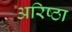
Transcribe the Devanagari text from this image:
अरिष्ठा